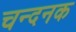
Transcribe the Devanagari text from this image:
चन्दनक